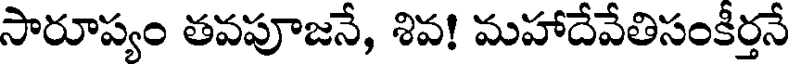
సారూప్యం తవపూజనే, శివ! మహాదేవేతిసంకీర్తనే